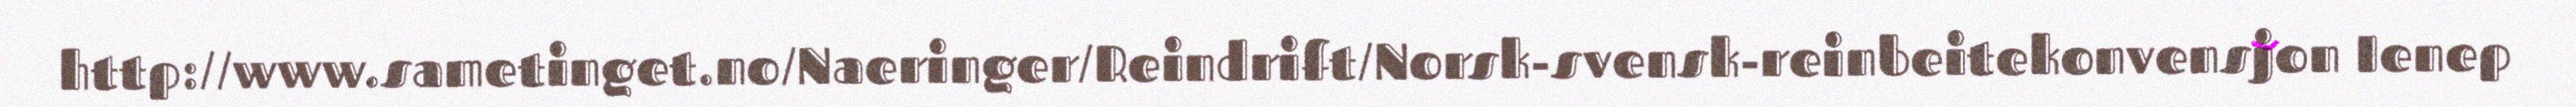
http://www.sametinget.no/Naeringer/Reindrift/Norsk-svensk-reinbeitekonvensjon Ienep